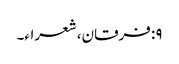
۹: فرقان، شعراء۔